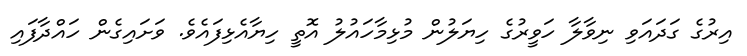
އިރުގެ ގަދައަވި ނިވާލާ ހަވީރުގެ ހިޔަލުން މުޅިމާހައުލު އޮތީ ހިޔާއެެޅިފައެވެ. ވަށައިގެން ހައްދާފައި